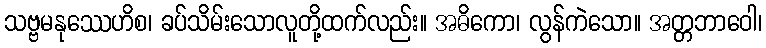
သဗ္ဗမနုဿေဟိစ၊ ခပ်သိမ်းသောလူတို့ထက်လည်း။ အဓိကော၊ လွန်ကဲသော။ အတ္တဘာဝေါ၊